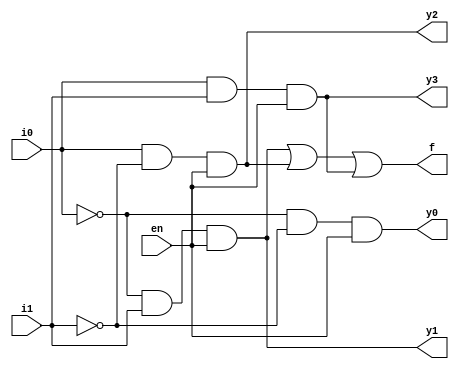
module decoder2to4_gl(i0, i1, en, y0,y1, y2, y3,f);
input i0, i1, en;
output y0, y1, y2, y3,f;
wire i0bar, i1bar;
not g1(i0bar, i0);
not g2(i1bar, i1);
and g3(y0, i0bar, i1bar, en);
and g4(y1, i0bar, i1, en);
and g5(y2, i0, i1bar, en);
and g6(y3, i0, i1, en);
or o1(f,y1,y2,y3);
endmodule
module decoder2to4_gl_tb;
reg i0, i1, en;
wire y0, y1, y2, y3, f;
decoder2to4_gl d1(i0, i1, en, y0, y1,y2, y3,f);
initial
begin
    i0=1'b0; i1=1'b0; en=1'b0;
    $monitor("Time:%f, en=%b, i0=%b, i1=%b, y0=%b, y1=%b, y2=%b, y3=%b, f=%b",$time, en, i0, i1, y0, y1, y2, y3,f);
    #5 en=1'b1; i0=1'b0; i1=1'b0;
    #5 en=1'b1; i0=1'b0; i1=1'b1;
    #5 en=1'b1; i0=1'b1; i1=1'b0;
    #5 en=1'b1; i0=1'b1; i1=1'b1;
    #5 en=1'b0; i0=1'b1; i1=1'b1;
    end
endmodule